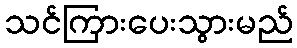
သင်ကြားပေးသွားမည်